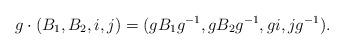
LaTeX: \begin{align*} g \cdot (B_1,B_2,i,j) = (g B_1 g^{-1}, g B_2 g^{-1}, g i, j g^{-1}).\end{align*}